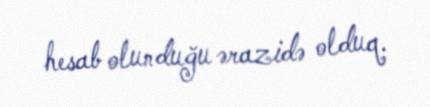
hesab olunduğu ərazidə olduq.